Vaccination in Bombay 1863-1868 - 1863-1868
Year: 1863
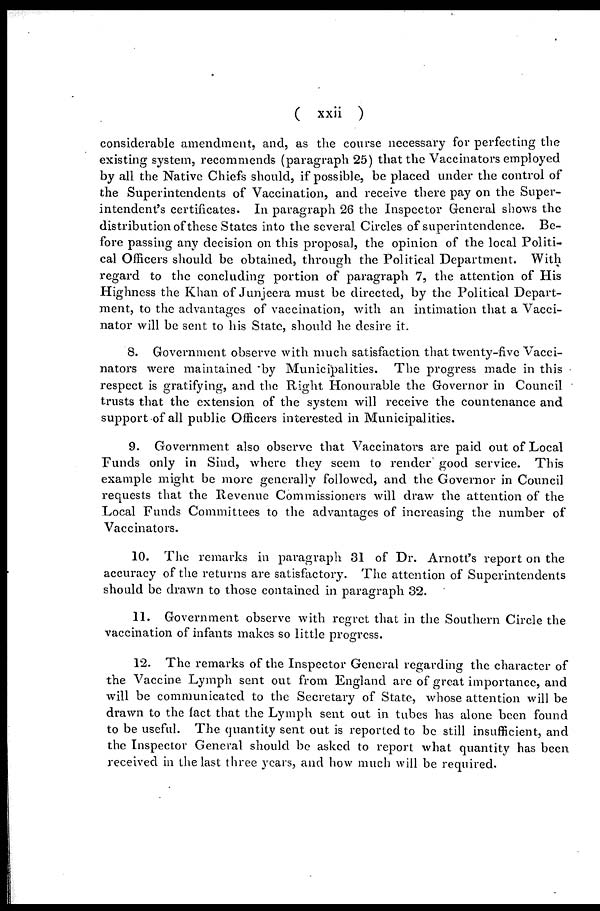
( xxii )
considerable amendment, and, as the course necessary for perfecting the
existing system, recommends (paragraph 25) that the Vaccinators employed
by all the Native Chiefs should, if possible, be placed under the control of
the Superintendents of Vaccination, and receive there pay on the Super-
intendent's certificates. In paragraph 26 the Inspector General shows the
distribution of these States into the several Circles of superintendence. Be-
fore passing any decision on this proposal, the opinion of the local Politi-
cal Officers should be obtained, through the Political Department. With
regard to the concluding portion of paragraph 7, the attention of His
Highness the Khan of Junjeera must be directed, by the Political Depart-
ment, to the advantages of vaccination, with an intimation that a Vacci-
nator will be sent to his State, should he desire it.
8. Government observe with much satisfaction that twenty-five Vacci-
nators were maintained by Municipalities. The progress made in this
respect is gratifying, and the Right Honourable the Governor in Council
trusts that the extension of the system will receive the countenance and
support of all public Officers interested in Municipalities.
9. Government also observe that Vaccinators are paid out of Local
Funds only in Sind, where they seem to render good service. This
example might be more generally followed, and the Governor in Council
requests that the Revenue Commissioners will draw the attention of the
Local Funds Committees to the advantages of increasing the number of
Vaccinators.
10. The remarks in paragraph 31 of Dr. Arnott's report on the
accuracy of the returns are satisfactory. The attention of Superintendents
should be drawn to those contained in paragraph 32.
11. Government observe with regret that in the Southern Circle the
vaccination of infants makes so little progress.
12. The remarks of the Inspector General regarding the character of
the Vaccine Lymph sent out from England are of great importance, and
will be communicated to the Secretary of State, whose attention will be
drawn to the fact that the Lymph sent out in tubes has alone been found
to be useful. The quantity sent out is reported to be still insufficient, and
the Inspector General should be asked to report what quantity has been
received in the last three years, and how much will be required.